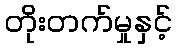
တိုးတက်မှုနှင့်